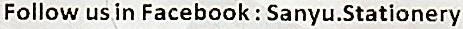
FOLLOW US IN FACEBOOK : SANYU.STATIONERY